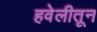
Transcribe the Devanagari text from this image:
हवेलीतून